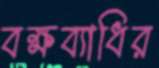
বক্ষব্যাধির